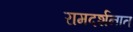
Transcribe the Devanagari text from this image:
रामदर्शनात